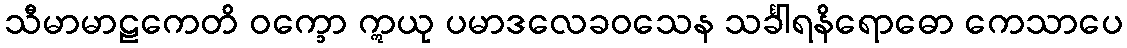
သီမာမာဠကေတိ ဝက္ခော ဣယု ပမာဒလေခဝသေန သင်္ခါရနိရောဓော ကေသာပေ